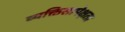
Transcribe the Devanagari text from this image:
व्यक्तिसापेक्षता